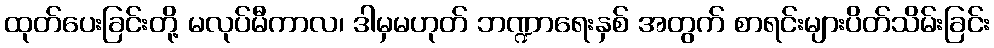
ထုတ်ပေးခြင်းတို့ မလုပ်မီကာလ၊ ဒါမှမဟုတ် ဘဏ္ဍာရေးနှစ် အတွက် စာရင်းများပိတ်သိမ်းခြင်း